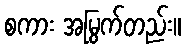
စကား အမြွက်တည်း။